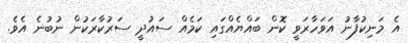
އެ މަނިކުފާނު އަވަހާރަވީ ކޮން ބައްޔެއްގައި ކަމެއް ސައުދީ ސަރުކާރަކުން ނުބުނެ އެވެ.